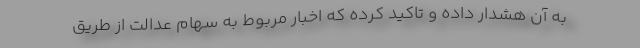
به آن هشدار داده و تاکید کرده که اخبار مربوط به سهام عدالت از طریق